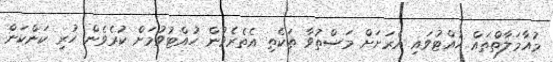
މުައާމަލާތްތައް ހުއްޓުވައި އެރަށަށް މަސްތުވާ ތަކެތި އެތެރެވުން ހުއްޓުވުމަށް ކުރެވެން ހުރި ކަންކަން